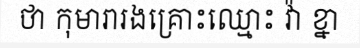
ថា កុមារារងគ្រោះឈ្មោះ វ៉ា ខ្នា